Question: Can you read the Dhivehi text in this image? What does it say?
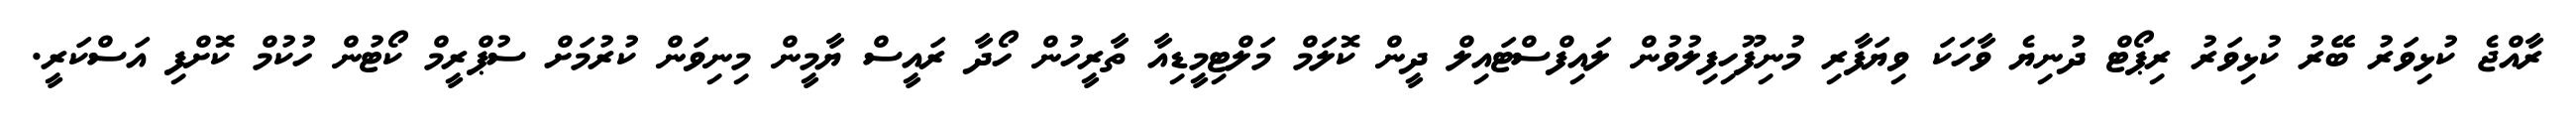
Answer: ރާއްޖެ ކުޅިވަރު ބޭރު ކުޅިވަރު ރިޕޯޓް ދުނިޔެ ވާހަކަ ވިޔަފާރި މުނިފޫހިފިލުވުން ލައިފްސްޓައިލް ދީން ކޮލަމް މަލްޓިމީޑިއާ ތާރީހުން ހޯދާ ރައީސް ޔާމީން މިނިވަން ކުރުމަށް ސުޕްރީމް ކޯޓުން ހުކުމް ކޮށްފި އަސްކަރީ.